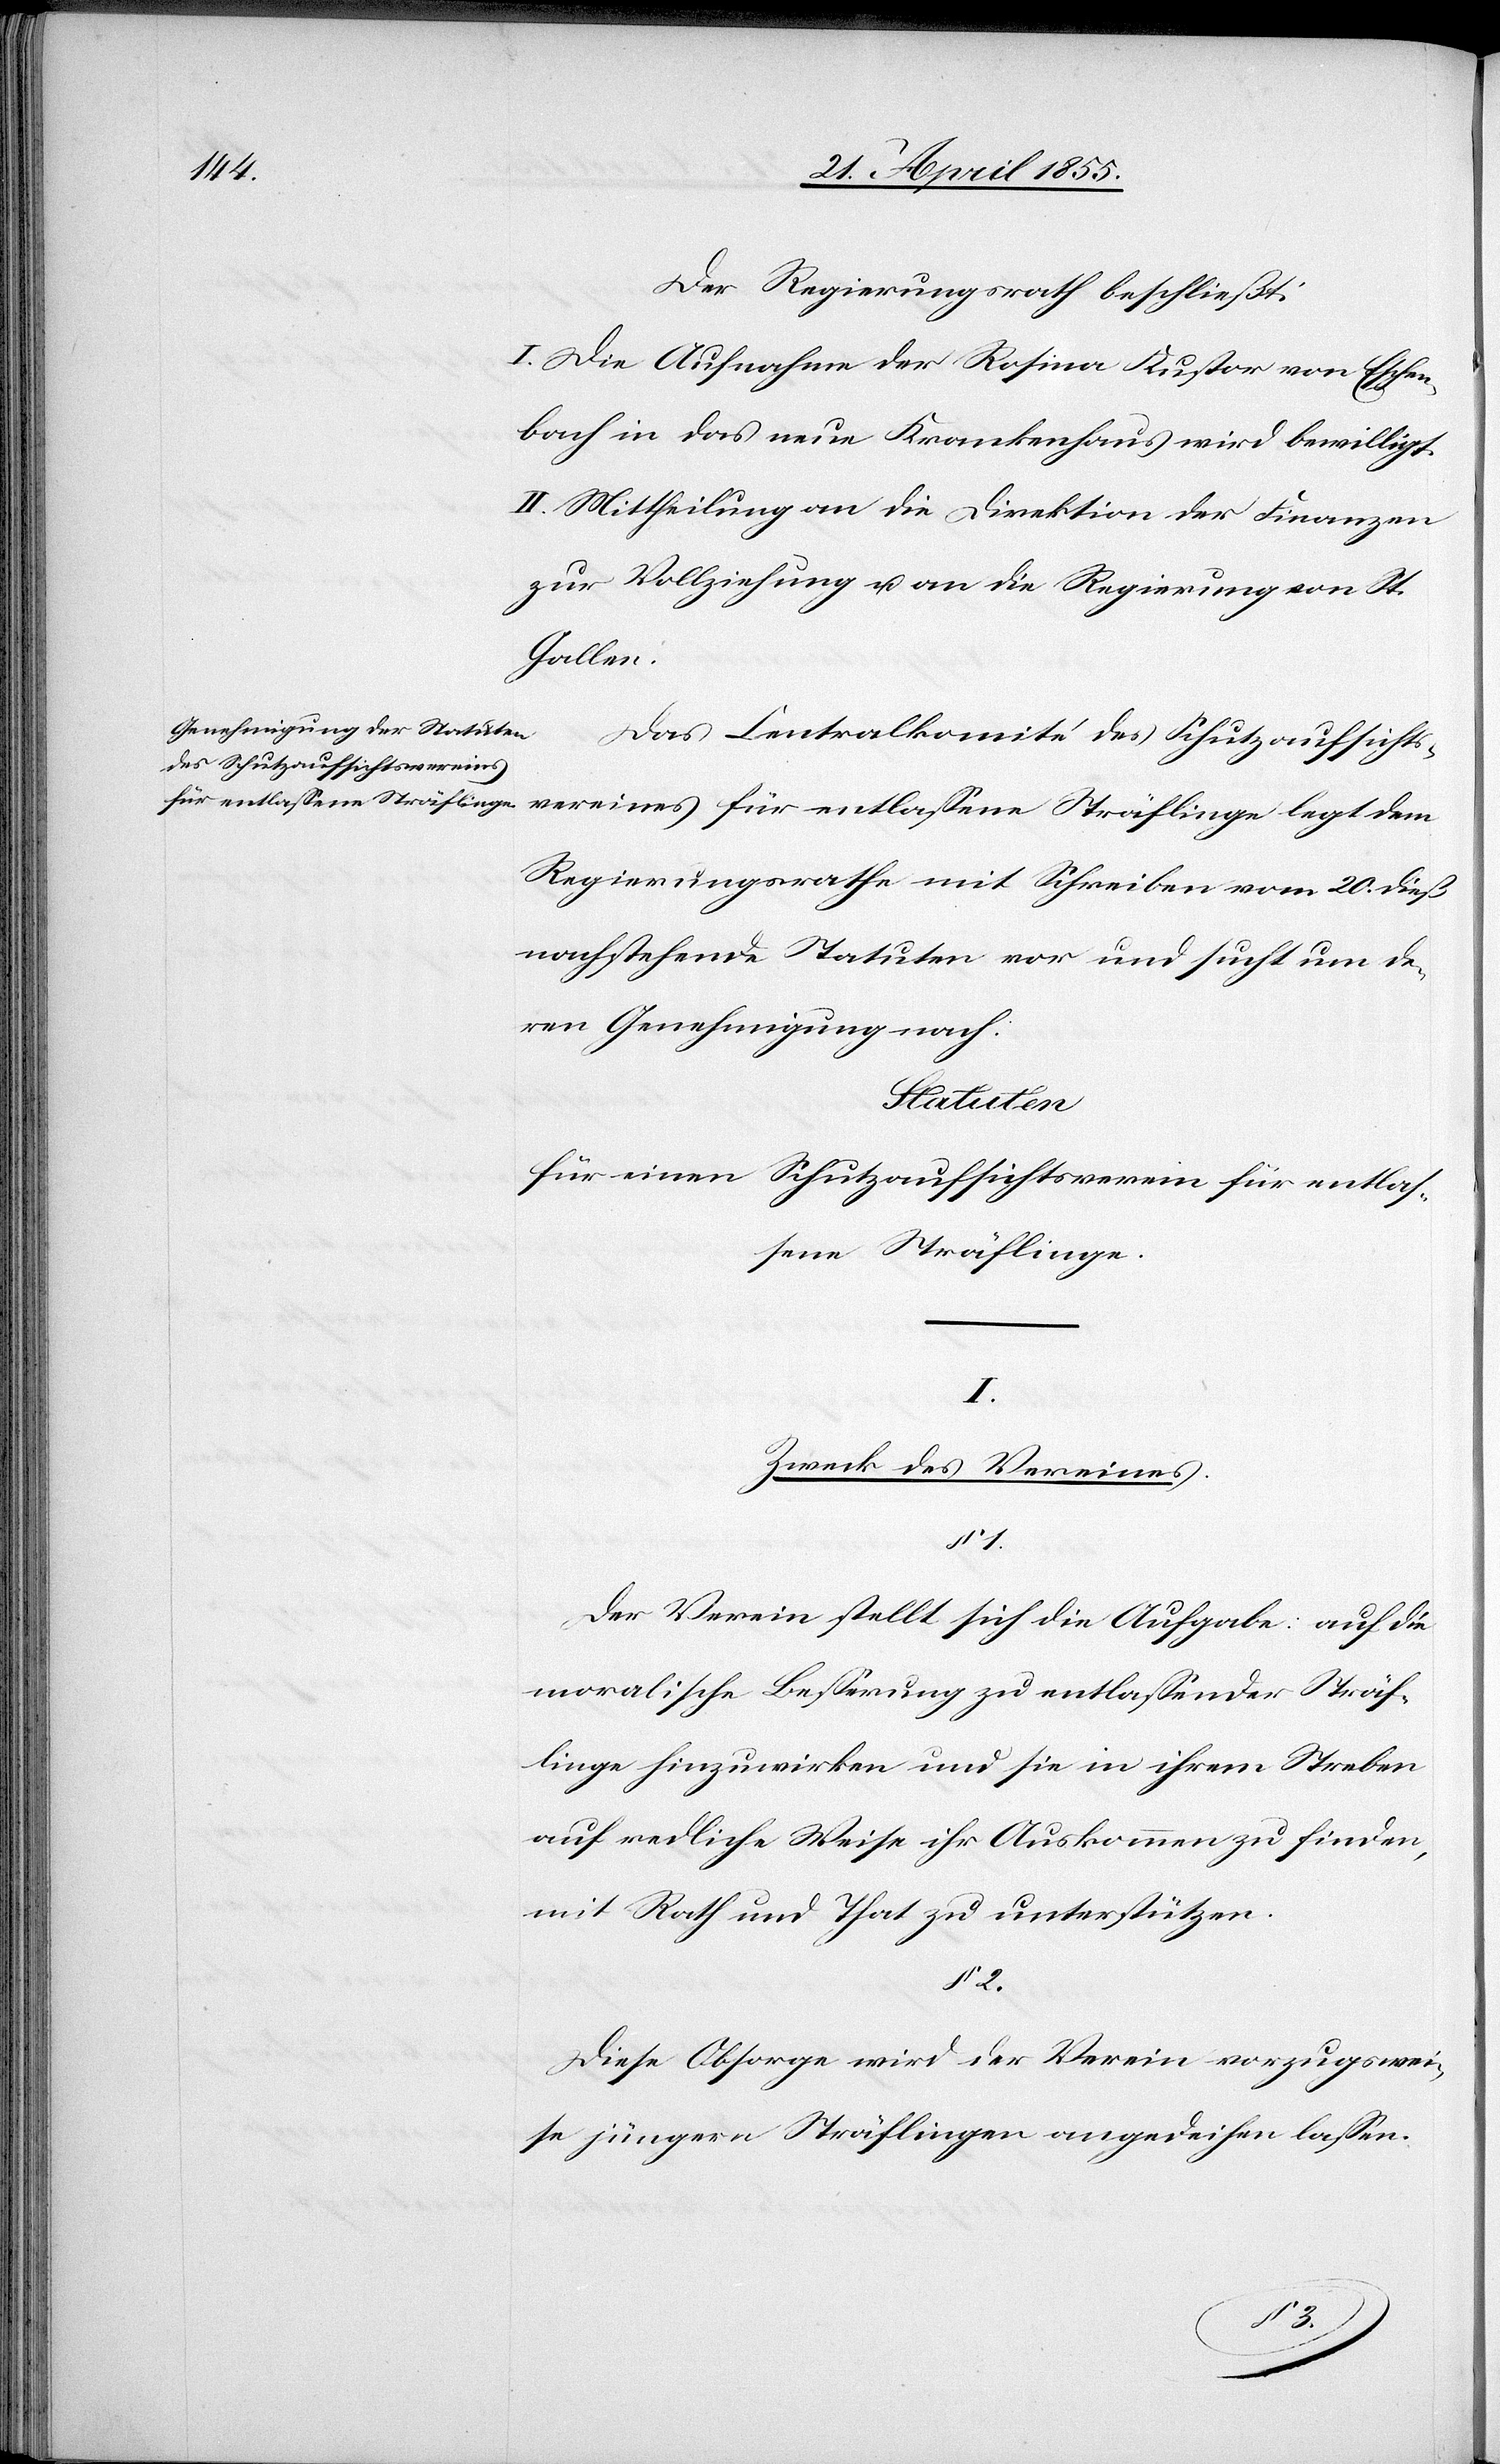
Der Regierungsrath beschließt:
I. Die Aufnahme der Rosina Kustor von Eschen¬
bach in das neue Krankenhaus wird bewilligt.
II. Mittheilung an die Direktion der Finanzen
zur Vollziehung u. an die Regierung von St.
_____
Das Centralkomité des Schutzaufsichts¬
vereines für entlassene Sträflinge legt dem
Regierungsrathe mit Schreiben vom 20. dieß
nachstehende Statuten vor und sucht um de¬
ren Genehmigung nach.
Statuten
für einen Schutzaufsichtsverein für entlas¬
sene Sträflinge.
1.
Zweck des Vereines.
Der Verein stellt sich die Aufgabe: auf die
moralische Besserung zu entlassender Sträf¬
linge hinzuwirken und sie in ihrem Streben
auf redliche Weise ihr Auskommen zu finden,
mit Rath und That zu unterstützen.
§ 2.
Diese Obsorge wird der Verein vorzugswei¬
se jüngern Sträflingen angedeihen lassen.